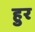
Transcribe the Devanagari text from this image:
हुर